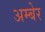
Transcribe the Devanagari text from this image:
अम्बेर